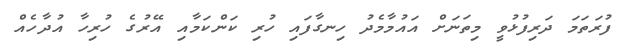
ފުރަތަމަ ދަރިފުޅުވީ މިތަނަށް އައުމާމެދު ހިނގާފައި ހުރި ކަންކަމާއި އޭރުގެ ހުރިހާ އުދާހެއް